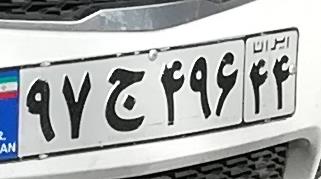
۹۷ج۴۹۶۴۴